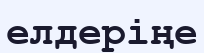
елдеріңе